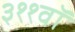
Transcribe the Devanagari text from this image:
३११वॉ